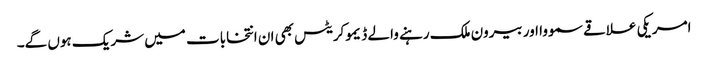
امریکی علاقے سمووا اور بیرون ملک رہنے والے ڈیموکریٹس بھی ان انتخابات میں شریک ہوں گے۔